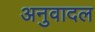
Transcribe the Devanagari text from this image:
अनुवादल